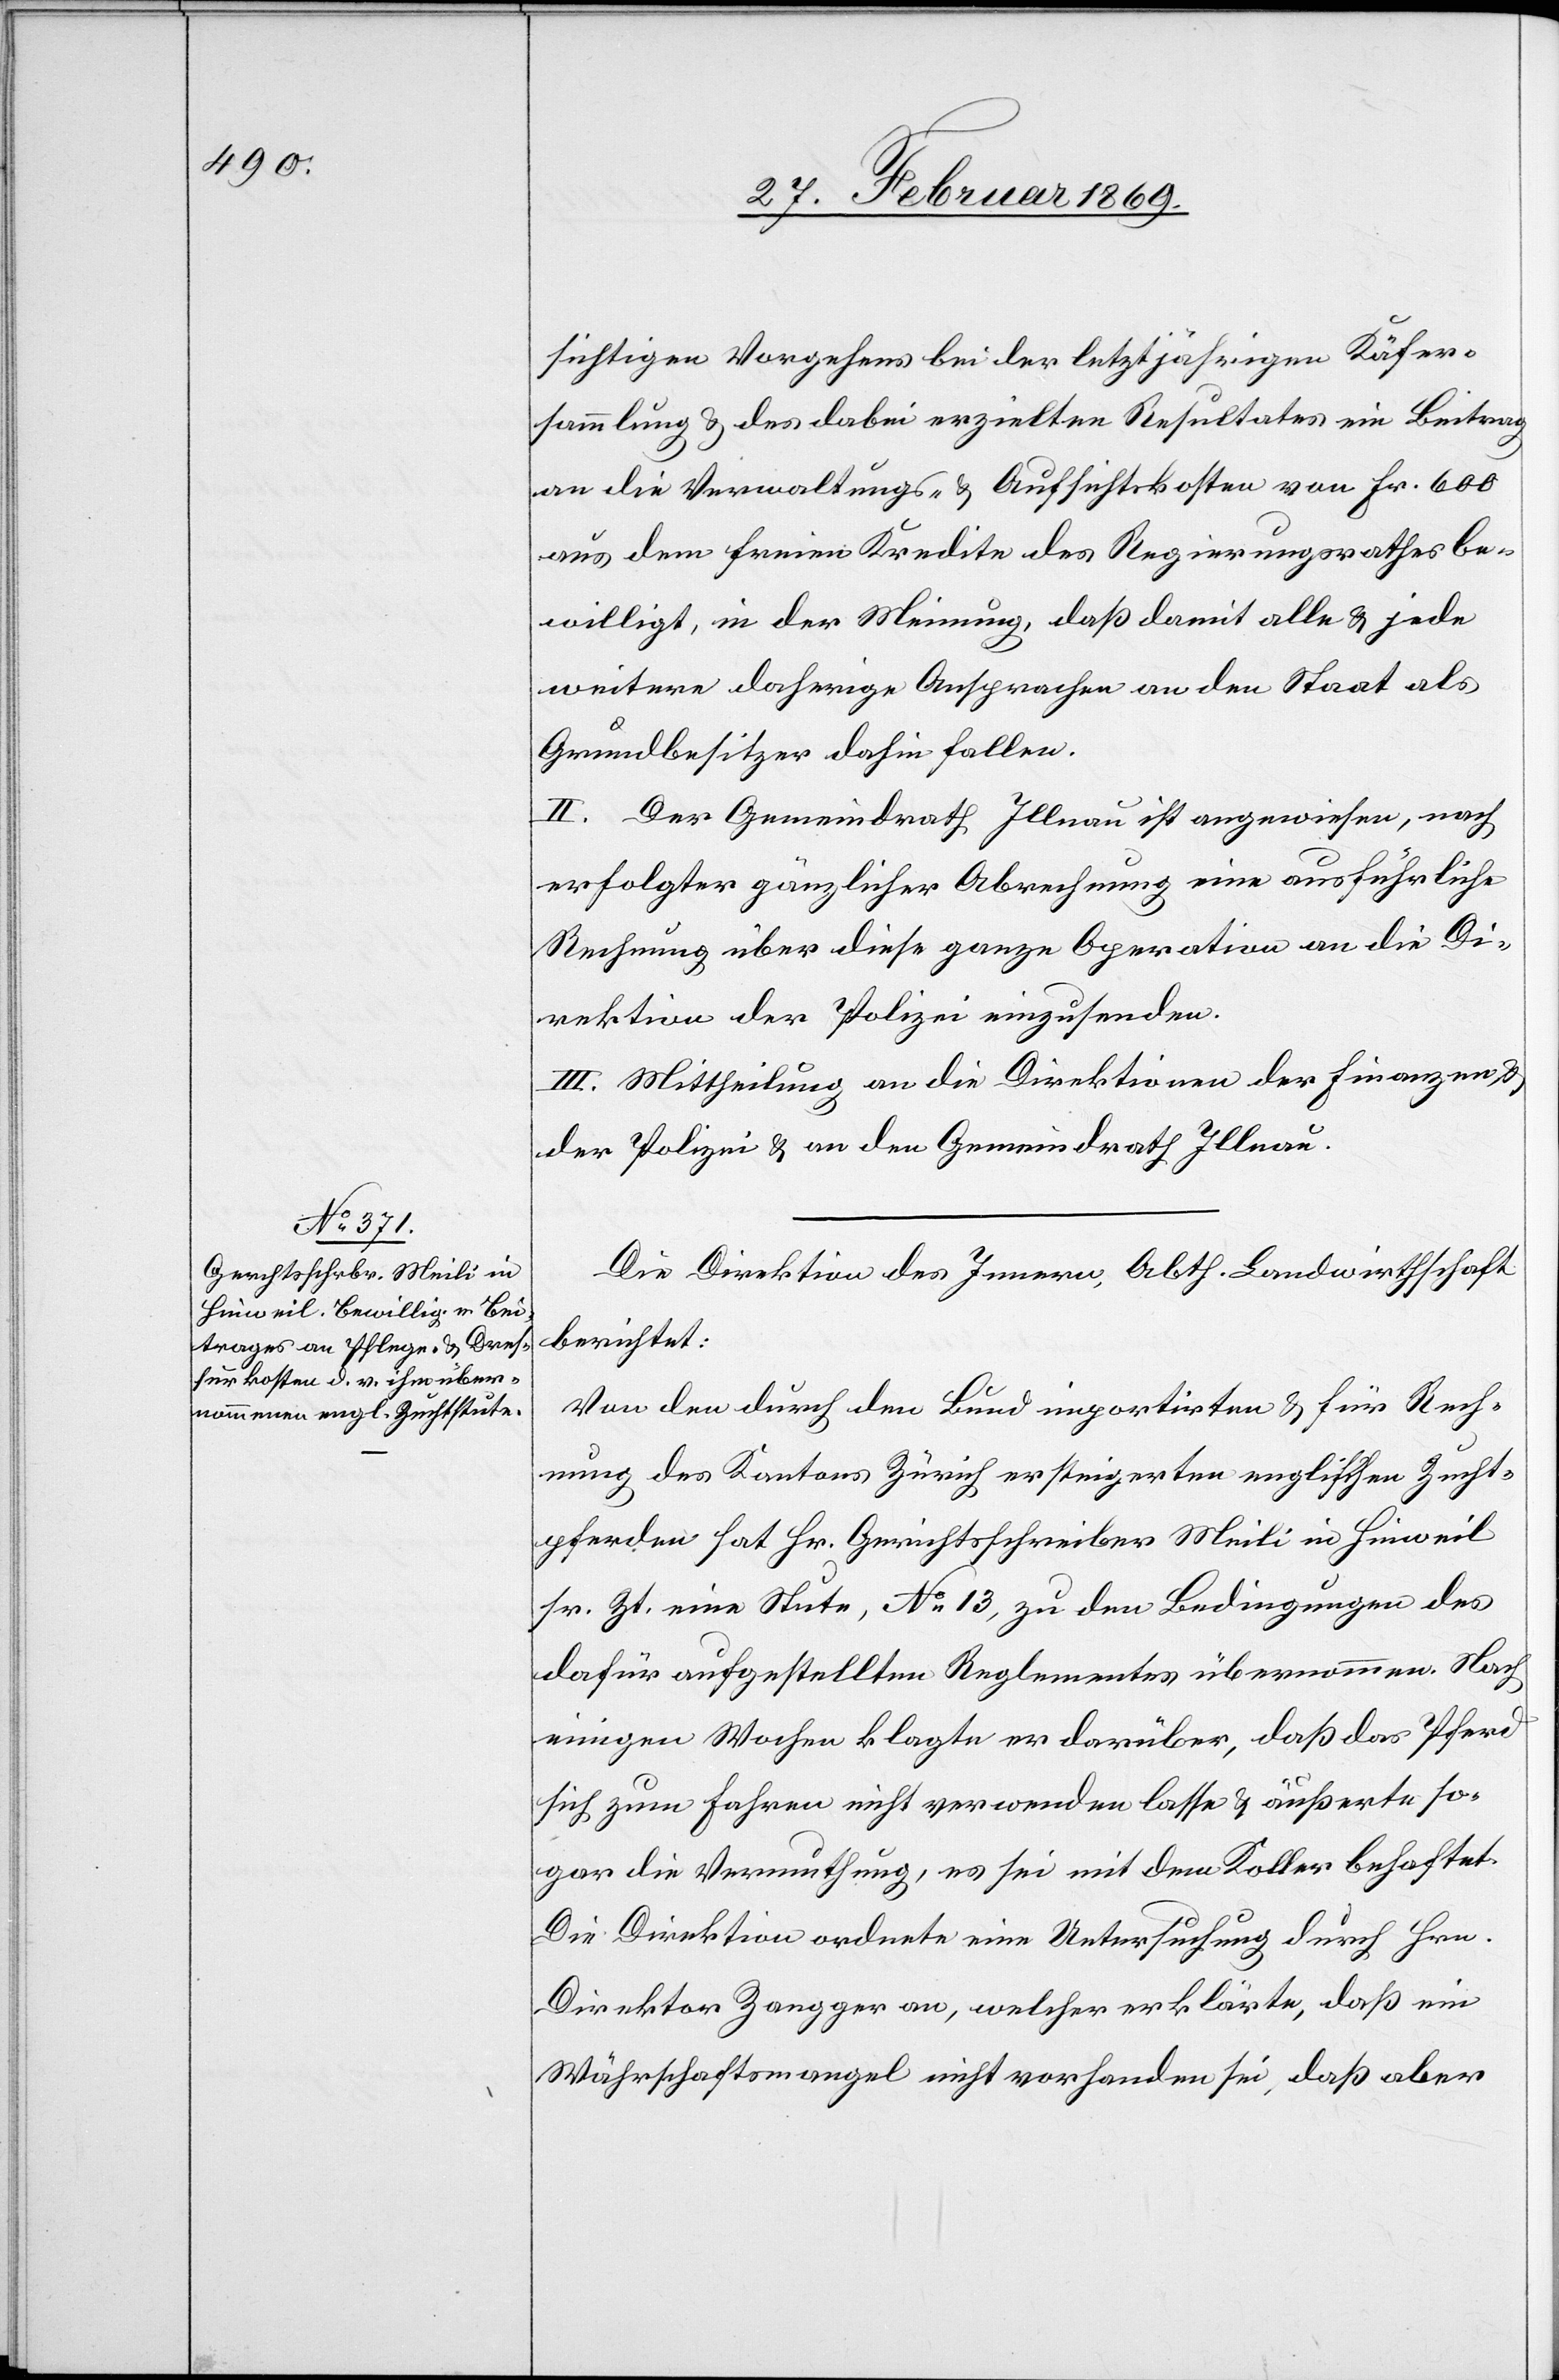
sichtigen Vorgehens bei der letztjährigen Käfer¬
sammlung & des dabei erzielten Resultates ein Beitrag
an die Verwaltungs- & Aufsichtskosten von Fr. 600
aus dem freien Kredite des Regierungsrathes be¬
willigt, in der Meinung, daß damit alle & jede
weitere daherige Ansprache an den Staat als
Grundbesitzer dahin fallen.
II. Der Gemeindrath Illnau ist angewiesen, nach
erfolgter gänzlicher Abrechnung eine ausführliche
Rechnung über diese ganze Operation an die Di¬
rektion der Polizei einzusenden.
III. Mittheilung an die Direktion der Finanzen u.
der Polizei u. an den Gemeindrath Illnau.
Die Direktion des Innern, Abth. Landwirthschaft
berichtet:
Von den durch den Bund importirten & für Rech¬
nung des Kantons Zürich ersteigerten englischen Zucht¬
pferden hat Hr. Gerichtsschreiber Meili in Hinweil
sr. Zt. eine Stute, N° 13, zu den Bedingungen des
dafür aufgestellten Reglementes übernommen. Nach
einigen Wochen klagte er darüber, daß das Pferd
sich zum Fahren nicht verwenden lasse & äußerte so¬
gar die Vermuthung, es sei mit dem Koller behaftet.
Die Direktion ordnete eine Untersuchung durch Hrn.
Direktor Zangger an, welcher erklärte, daß ein
Währschaftsmangel nicht vorhanden sei, daß aber